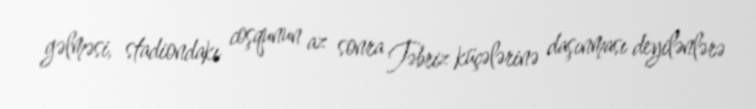
gəlməsi, stadiondakı coşqunun az sonra Təbriz küçələrinə daşınması deyilənlərə